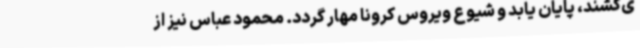
ی‌کشند، پایان یابد و شیوع ویروس کرونا مهار گردد. محمود عباس نیز از